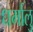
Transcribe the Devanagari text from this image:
धर्मालु